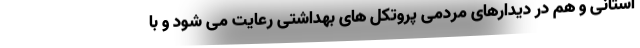
استانی و هم در دیدارهای مردمی پروتکل های بهداشتی رعایت می شود و با